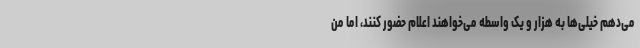
می‌دهم خیلی‌ها به هزار و یک واسطه می‌خواهند اعلام حضور کنند، اما من